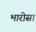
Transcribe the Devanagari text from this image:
भारोसा